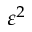
\varepsilon ^ { 2 }